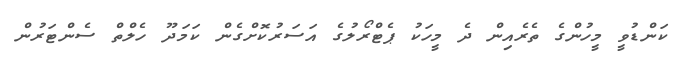
ކަންޑުވީ މީހުންގެ ތެރެއިން ދެ މީހަކު ޕެޓްރޯލުގެ އަސަރުކޮށްގެން ކަމަދޫ ހެލްތް ސެންޓަރުން